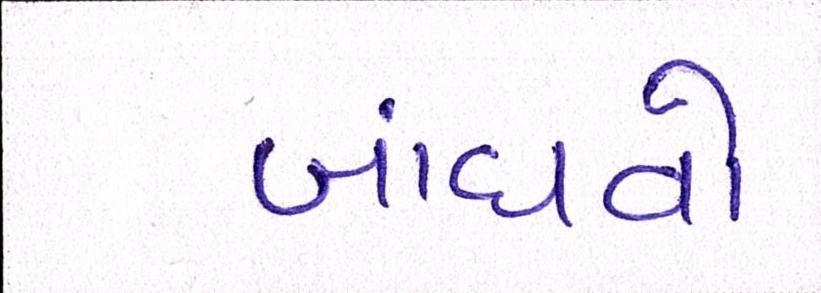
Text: બાંધવો